Vaccination North-Western Provinces 1866-1877 - 1866-1877
Year: 1866
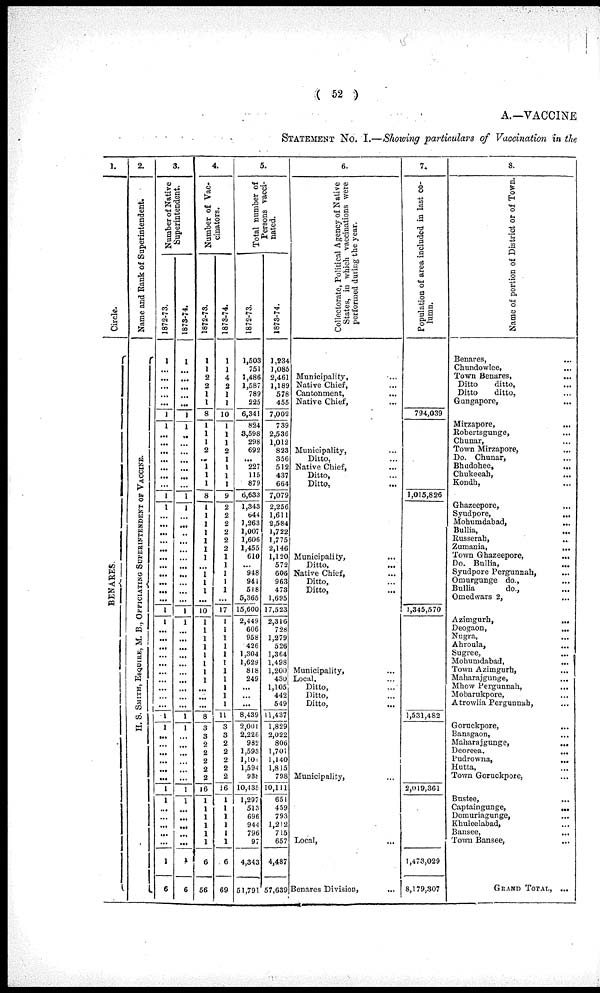
( 52 )
A.—VACCINE
STATEMENT No. I.—Showing particulars of Vaccination in the
1.
Circle.
BENARES .
2.
Name and Rank of Superintendent.
H. S. SMI TH, ESQUI RE, M. B., OF F ICIATING S
UP E RINT E NDE NT OF VACCINE.
3.
Number of Native
Superintendent.
1872-73.
1
...
...
...
...
...
1
1
...
...
...
...
...
...
...
1
1
...
...
...
...
...
...
...
...
...
...
...
1
1
...
...
...
...
...
...
...
...
...
...
1
1
...
...
...
...
...
...
1
1
...
...
...
...
...
1
6
1873-74.
1
...
...
...
...
...
1
1
...
...
...
...
...
...
...
1
1
...
...
...
...
...
...
...
...
...
...
...
1
1
...
...
...
....
...
...
...
...
...
...
1
1
...
...
...
...
...
...
1
1
...
...
...
...
...
1
6
4.
Number of Vac-
cinators.
1872-73.
1
1
2
2
1
1
8
1
1
1
2
...
1
1
1
8
1
1
1
1
1
1
1
...
1
1
1
...
10
1
1
1
1
1
1
1
1
...
...
...
8
3
3
2
2
2
2
2
16
1
1
1
1
1
1
6
56
1873-74.
1
1
4
2
1
1
10
1
1
1
2
1
1
1
1
9
2
2
2
2
2
2
1
1 1
1
1
...
17
1
1
1
1
1
1
1
1
1
1
1
11
3
3
2
2
2
2
2
16
1
1
1
1
1
1
6
69
5.
Total number of
Persons vacci-
nated.
1872-73.
1,503
751
1,486
1,587
789
225
6,341
824
3,598
298
692
...
227
115
879
6,633
1,343
644
1,263
1,007
1,606
1,455
610
...
948
941
518
5,365
15,600
2,449
606
958
426
1,304
1,629
818
249
...
...
...
8,439
2,001
2.226
982
1,593
l,101
1,594
938
10,435
1,297
513
696
944
796
97
4,343
51,791
1873-74.
1,234
1,085
2,461
1,189
578
455
7,002
739
2,536
1,012
823
356
512
437
664
7,079
2,256
1,611
2,584
1,722
1,775
2,146
1,120
572
606
963
473
1,695
17,523
2,316
728
1,279
526
1,364
1,498
1,200
430
1,105
442 549
11,437
1,829
2,022
806
l,701
1,140
1,815
798
10,111
651
459
793
1,212
715
657
4,487
57,639
6.
Collectorate, Political Agency of Native
States, in which vaccinations were
performed during the year.
Municipality, ...
Native Chief, ...
Cantonment, ...
Native Chief, ...
Municipality, ...
Ditto, ...
Native Chief, ...
Ditto, ...
Ditto, ...
Municipality,
Ditto,
Native Chief,
Ditto,
Ditto,
Municipality, ...
Local, ...
Ditto, ...
Ditto, ...
Ditto,
...
Municipality, ...
Local, ...
Benares Division,
...
7.
Population of area included in last co-
lumn.
794,039
1,015,826
1,345,570
1,531,482
2,019,361
1,473,029
8,179,307
8.
Name of portion of District or of Town.
Benares, ...
Chundowlee, ...
Town Benares, ...
Ditto
ditto,
...
Ditto
ditto, ...
Gungapore, ...
Mirzapore,
...
Robertsgunge, ...
Chunar, ...
Town Mirzapore, ...
Do. Chunar, ...
Bhudohee,
...
Chukeeah,
Kondh, ...
Ghazeepore, ...
Syudpore,
...
Mohumdabad,
...
Bullia,
...
Russerah,
..
Zumania,
...
Town Ghazeepore,
...
Do. Bullia,
...
Syudpore Pergunnah, ...
Omurgunge do., ...
Bullia
do., ...
Omedwars 2, ...
Azimgurh,
...
Deogaon,
...
Nugra, ...
Ahroula, ...
Sugree,
...
Mohumdabad,
...
Town Azimgurh, ...
Maharajgunge, ...
Mhow Pergunnah, ...
Mobarukpore, ...
Atrowlia Pergunnah, ...
Goruckpore,
...
Bansgaon, ...
Maharajgunge,
...
Deoreea,
...
Pudrowna,
...
Hutta, ...
Town Goruckpore, ...
Bustee, ...
Captaingunge,
...
Domuriagunge, ...
Khuleelabad, ...
Bansee, ...
Town Bansee,
...
GRAND TOTAL, ...